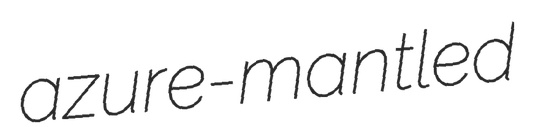
azure-mantled